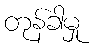
တုန်ခါမှု